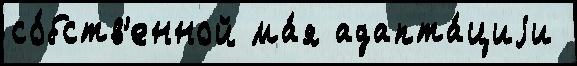
со́бств'енной ма́я адапта́циjи